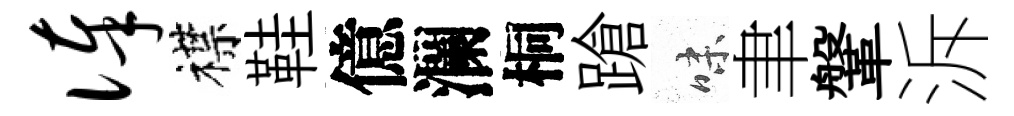
俸襟鞋億瀾桐蹌味聿鞶泝